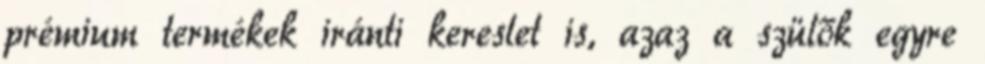
prémium termékek iránti kereslet is, azaz a szülők egyre